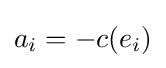
a_{i}=-c(e_{i})